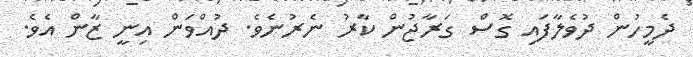
ދެމީހުން ދުވެލާފައި ގޮސް ގަރާޖުން ކާރު ނެރުނެވެ. ދުއްވަން އިނީ ޒާން އެވެ.